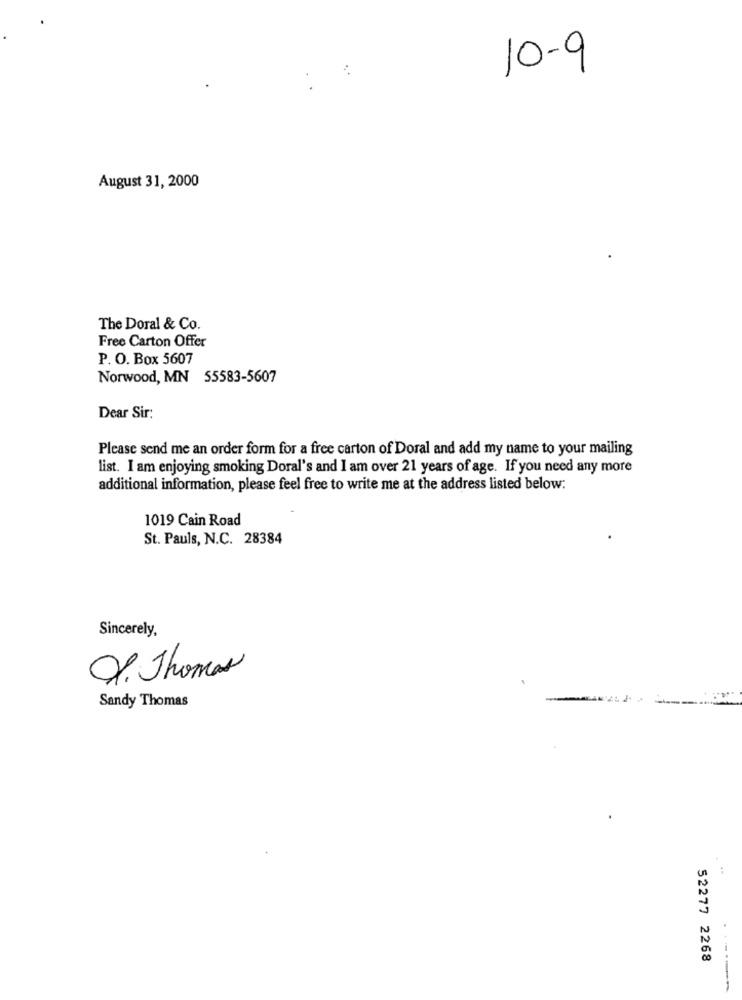
10-9
August 31, 2000
The Doral & Co.
Free Carton Offer
P. O. Box 5607
Norwood, MN 55583-5607
Dear Sir:
Please send me an order form for a free carton of Doral and add my name to your mailing
list. I am enjoying smoking Doral's and I am over 21 years of age. If you need any more
additional information, please feel free to write me at the address listed below:
1019 Cain Road
St. Pauls, N.C. 28384
Sincerely,
O. Thomas
Sandy Thomas
52277 2268